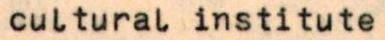
cultural institute